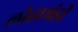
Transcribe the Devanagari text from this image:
लोहामंडी